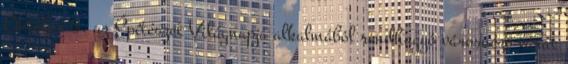
Október 6. az Építészet Világnapja alkalmából rendhagyó városnéző túrát